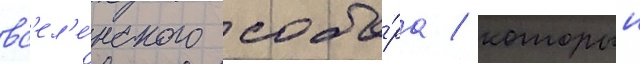
вс'ел'е́нского собо́ра / которыи